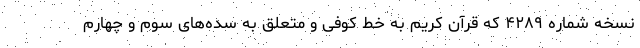
نسخه شماره ۴۲۸۹ که قرآن کریم به خط کوفی و متعلق به سده‌های سوم و چهارم